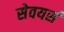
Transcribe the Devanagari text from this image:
सेवयर्स